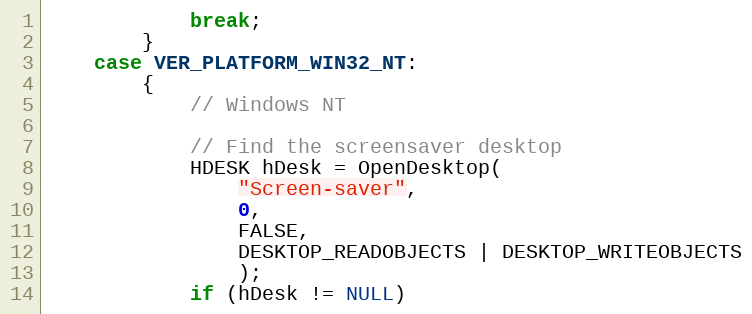
Language: C++
			break;
		}
	case VER_PLATFORM_WIN32_NT:
		{
			// Windows NT

			// Find the screensaver desktop
			HDESK hDesk = OpenDesktop(
				"Screen-saver",
				0,
				FALSE,
				DESKTOP_READOBJECTS | DESKTOP_WRITEOBJECTS
				);
			if (hDesk != NULL)